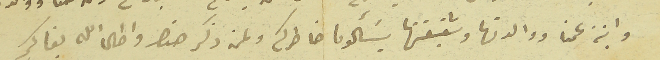
وابنة عمنا ووالدتها وشقيقتها يسَألون خاطركم وعن ذكر هذه واطال الله بقاكم